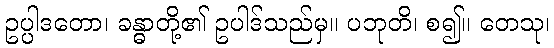
ဥပ္ပါဒတော၊ ခန္ဓာတို့၏ ဥပါဒ်သည်မှ။ ပဘုတိ၊ စ၍။ တေသု၊